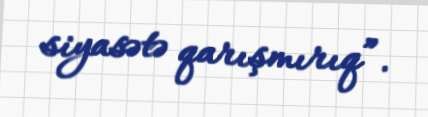
siyasətə qarışmırıq”.